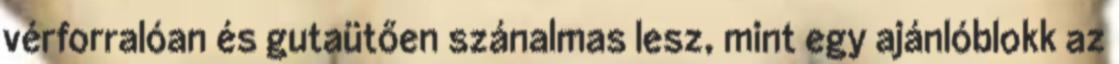
vérforralóan és gutaütően szánalmas lesz, mint egy ajánlóblokk az